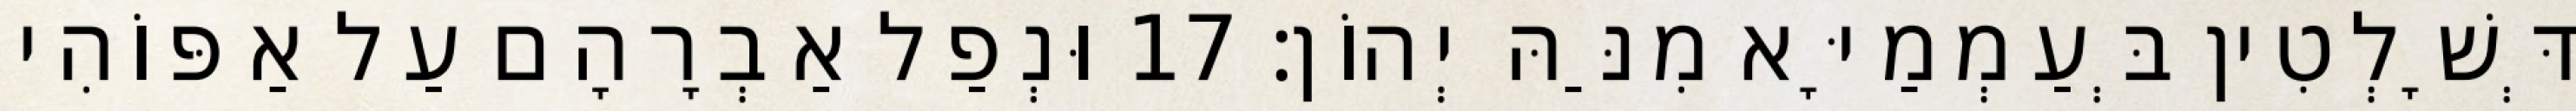
דְּשָׁלְטִין בְּעַמְמַיָּא מִנַּהּ יְהוֹן׃ 17 וּנְפַל אַבְרָהָם עַל אַפּוֹהִי